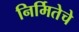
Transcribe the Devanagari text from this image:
निर्मितेचे